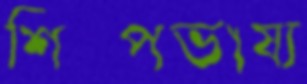
শিল্পভাষ্য